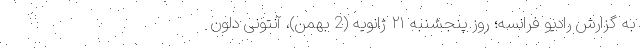
به گزارش رادیو فرانسه؛ روز پنجشنبه ۲۱ ژانویه (2 بهمن)، آنتونی دلون